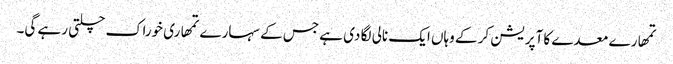
تمھارے معدے کا آپریشن کر کے وہاں ایک نالی لگا دی ہے جس کے سہارے تمھاری خوراک چلتی رہے گی۔